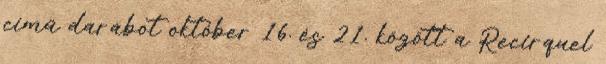
című darabot október 16. és 21. között a Recirquel